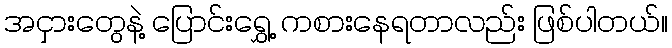
အငှားတွေနဲ့ ပြောင်းရွှေ့ ကစားနေရတာလည်း ဖြစ်ပါတယ်။